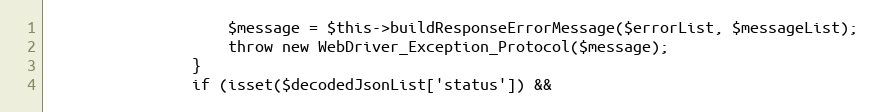
Language: PHP
                    $message = $this->buildResponseErrorMessage($errorList, $messageList);
                    throw new WebDriver_Exception_Protocol($message);
                }
                if (isset($decodedJsonList['status']) &&